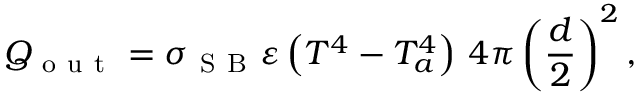
Q _ { \mathrm { ~ o ~ u ~ t ~ } } = \sigma _ { \mathrm { ~ S ~ B ~ } } \varepsilon \left( T ^ { 4 } - T _ { a } ^ { 4 } \right) \, 4 \pi \left( \frac { d } { 2 } \right) ^ { 2 } ,